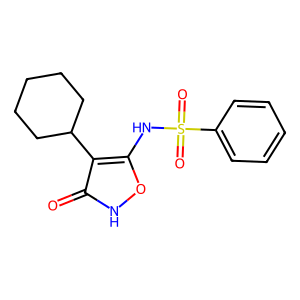
SMILES: O=c1[nH]oc(NS(=O)(=O)c2ccccc2)c1C1CCCCC1
Inhibits HIV replication: No